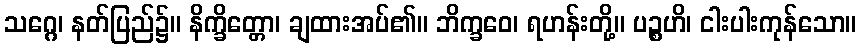
သဂ္ဂေ၊ နတ်ပြည်၌။ နိက္ခိတ္တော၊ ချထားအပ်၏။ ဘိက္ခဝေ၊ ရဟန်းတို့။ ပဉ္စဟိ၊ ငါးပါးကုန်သော။